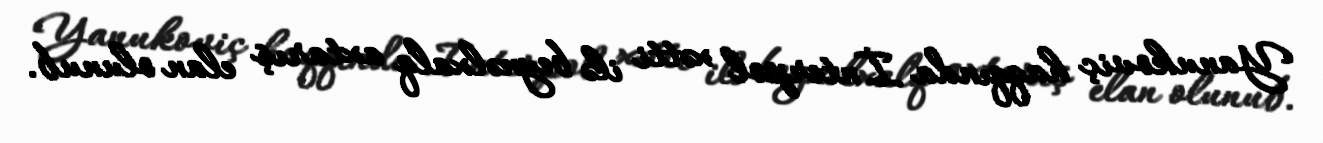
Yanukoviç haqqında İnterpol xətti ilə beynəlxalq axtarış elan olunub.